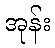
အုန်း